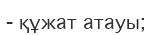
- құжат атауы;